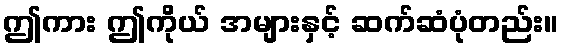
ဤကား ဤကိုယ် အများနှင့် ဆက်ဆံပုံတည်း။